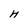
Character: H